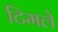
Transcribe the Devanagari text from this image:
टिमले